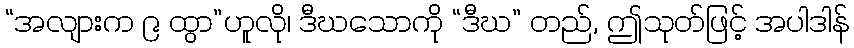
“အလျားက ၉ ထွာ”ဟူလို၊ ဒီဃသောကို “ဒီဃ” တည်, ဤသုတ်ဖြင့် အပါဒါန်